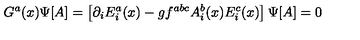
G ^ { a } ( x ) \Psi [ A ] = \left[ \partial _ { i } E _ { i } ^ { a } ( x ) - g f ^ { a b c } A _ { i } ^ { b } ( x ) E _ { i } ^ { c } ( x ) \right] \Psi [ A ] = 0